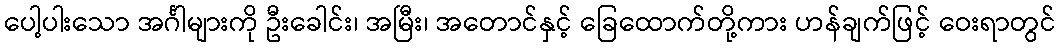
ပေါ့ပါးသော အင်္ဂါများကို ဦးခေါင်း၊ အမြီး၊ အတောင်နှင့် ခြေထောက်တို့ကား ဟန်ချက်ဖြင့် ဝေးရာတွင်